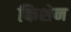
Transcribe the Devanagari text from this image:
किशेन